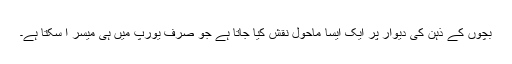
بچوں کے ذہن کی دیوار پر ایک ایسا ماحول نقش کیا جاتا ہے جو صرف یورپ میں ہی میسر آ سکتا ہے۔